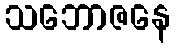
သဘောဇနေ